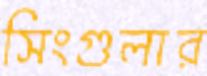
সিংগুলার